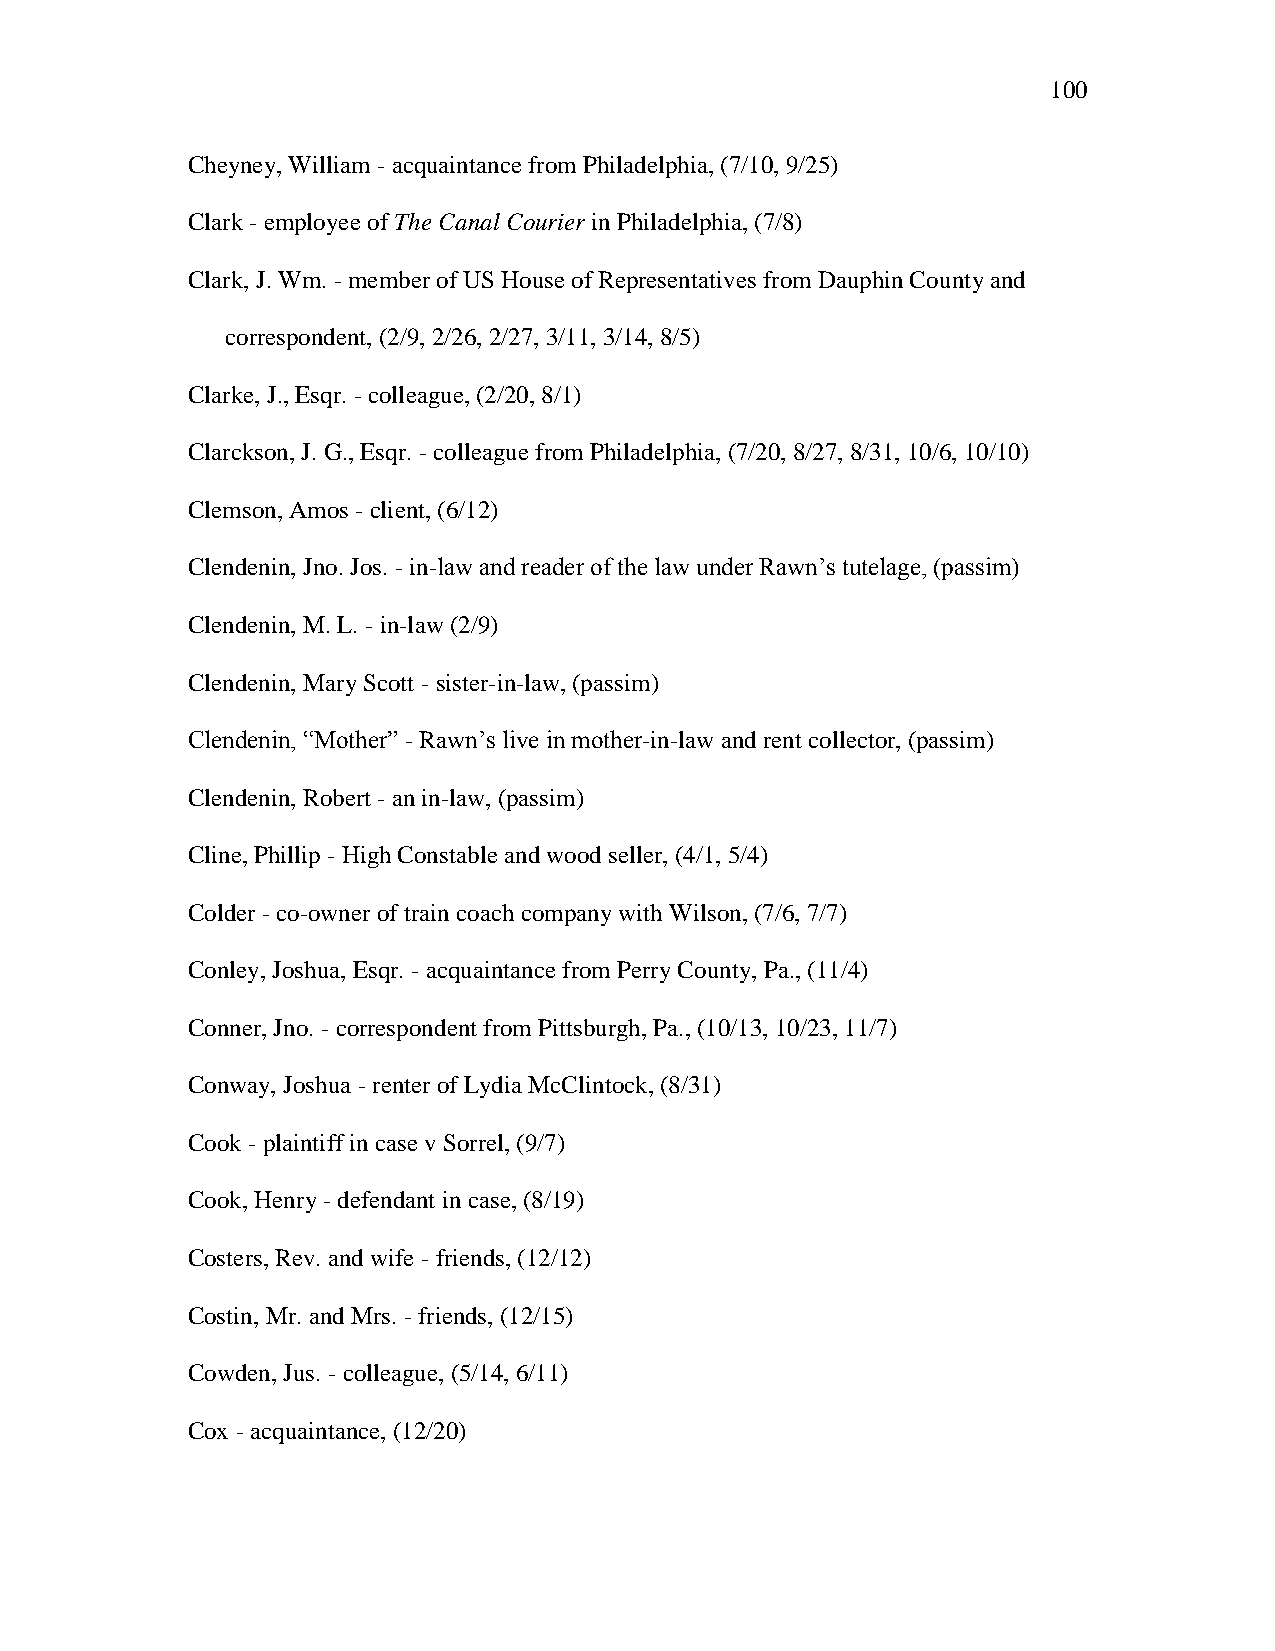
100
 Cheyney, William - acquaintance from Philadelphia, (7/10, 9/25)
 Clark - employee of The Canal Courier in Philadelphia, (7/8)
 Clark, J. Wm. - member of US House of Representatives from Dauphin County and
 correspondent, (2/9, 2/26, 2/27, 3/11, 3/14, 8/5)
 Clarke, J., Esqr. - colleague, (2/20, 8/1)
 Clarckson, J. G., Esqr. - colleague from Philadelphia, (7/20, 8/27, 8/31, 10/6, 10/10)
 Clemson, Amos - client, (6/12)
 Clendenin, Jno. Jos. - in-law and reader of the law under Rawn‘s tutelage, (passim)
 Clendenin, M. L. - in-law (2/9)
 Clendenin, Mary Scott - sister-in-law, (passim)
 Clendenin, ―Mother‖ - Rawn‘s live in mother-in-law and rent collector, (passim)
 Clendenin, Robert - an in-law, (passim)
 Cline, Phillip - High Constable and wood seller, (4/1, 5/4)
 Colder - co-owner of train coach company with Wilson, (7/6, 7/7)
 Conley, Joshua, Esqr. - acquaintance from Perry County, Pa., (11/4)
 Conner, Jno. - correspondent from Pittsburgh, Pa., (10/13, 10/23, 11/7)
 Conway, Joshua - renter of Lydia McClintock, (8/31)
 Cook - plaintiff in case v Sorrel, (9/7)
 Cook, Henry - defendant in case, (8/19)
 Costers, Rev. and wife - friends, (12/12)
 Costin, Mr. and Mrs. - friends, (12/15)
 Cowden, Jus. - colleague, (5/14, 6/11)
 Cox - acquaintance, (12/20)